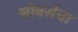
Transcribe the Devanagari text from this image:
सोबर्सचा